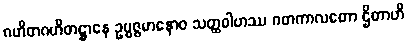
ဂဟိတဂဟိတဋ္ဌာနေ ဥပ္ပဇ္ဇမာနောဝ သတ္ထဝါဟဿ ဂတကာလတော ဌိတာဟိ